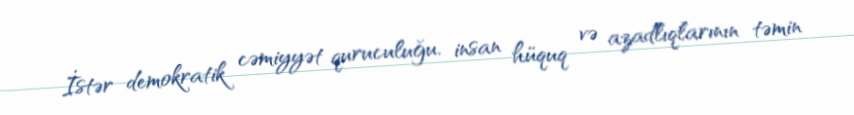
İstər demokratik cəmiyyət quruculuğu, insan hüquq və azadlıqlarının təmin